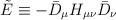
LaTeX: \begin{align*}\tilde{E}\equiv-\bar{D}_\mu H_{\mu\nu}\bar{D}_\nu\end{align*}